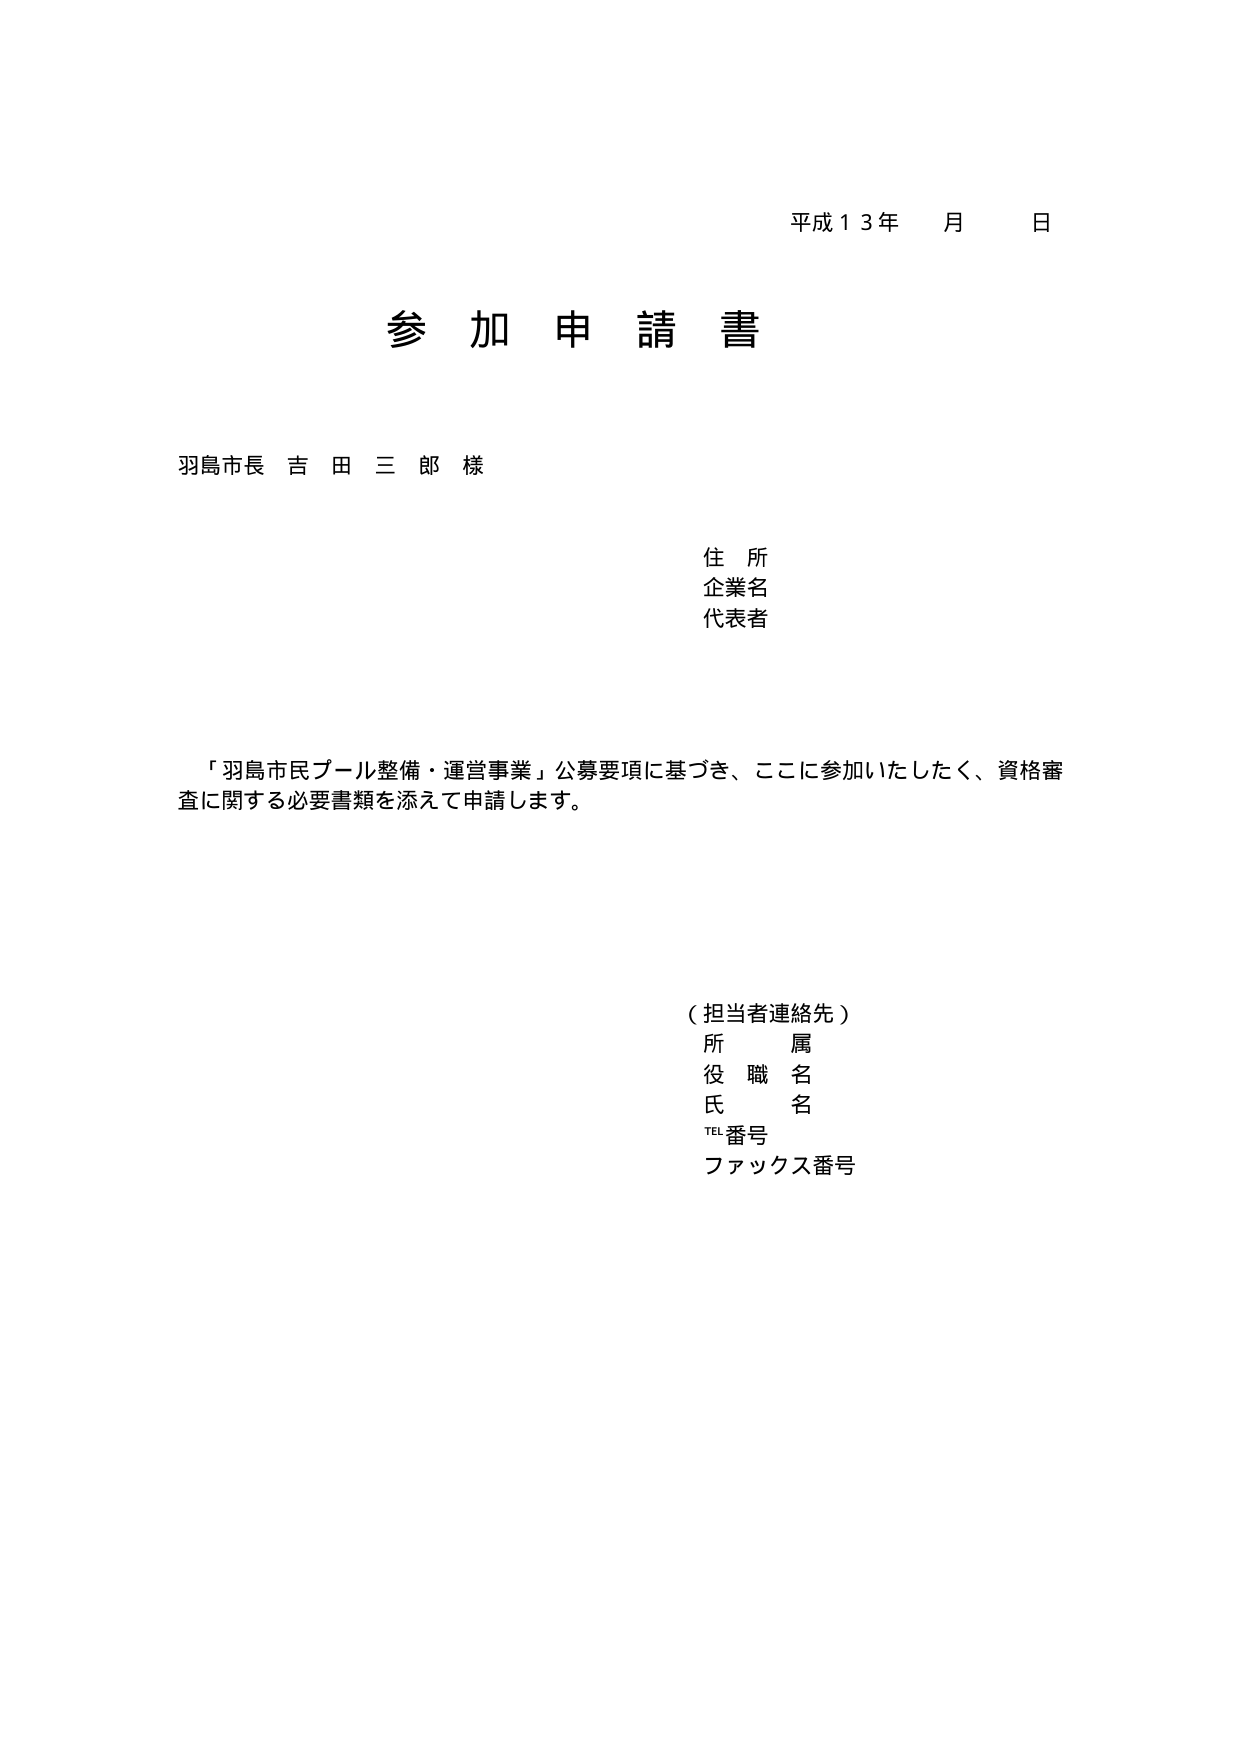
平成１３年　月　日

参 加 申 請 書

羽島市長 吉田三郎 様

住 所
企業名
代表者

「羽島市民プール整備・運営事業」公募要項に基づき、ここに参加いたしたく、資格審査に関する必要書類を添えて申請します。

（担当者連絡先）
所属
役職名
氏名
TEL番号
ファックス番号